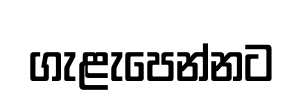
ගැළැපෙන්නට